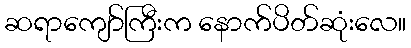
ဆရာကျော်ကြီးက နောက်ပိတ်ဆုံးလေ။